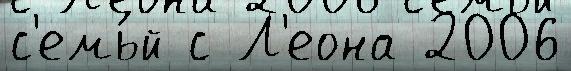
с'емь́й с Л'еона 2006